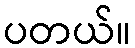
ပတယ်။